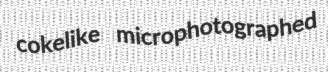
cokelike microphotographed